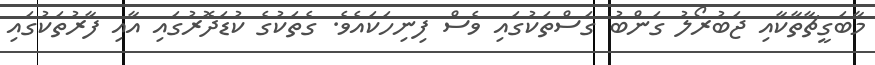
މާބަގީޗާތާކާއި ޖަބުރޯލު ގަންބު ގަސްތަކުގައި ވެސް ފިނިހަކައެވެ. ގެތަކުގެ ކުޑަދޮރުގައި އާއި ފާރުތަކުގައި